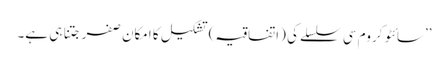
’’سائٹو کروم سی سلسلے کی (اتفاقیہ) تشکیل کا امکان صفر جتنا ہی ہے۔